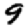
Digit: 9